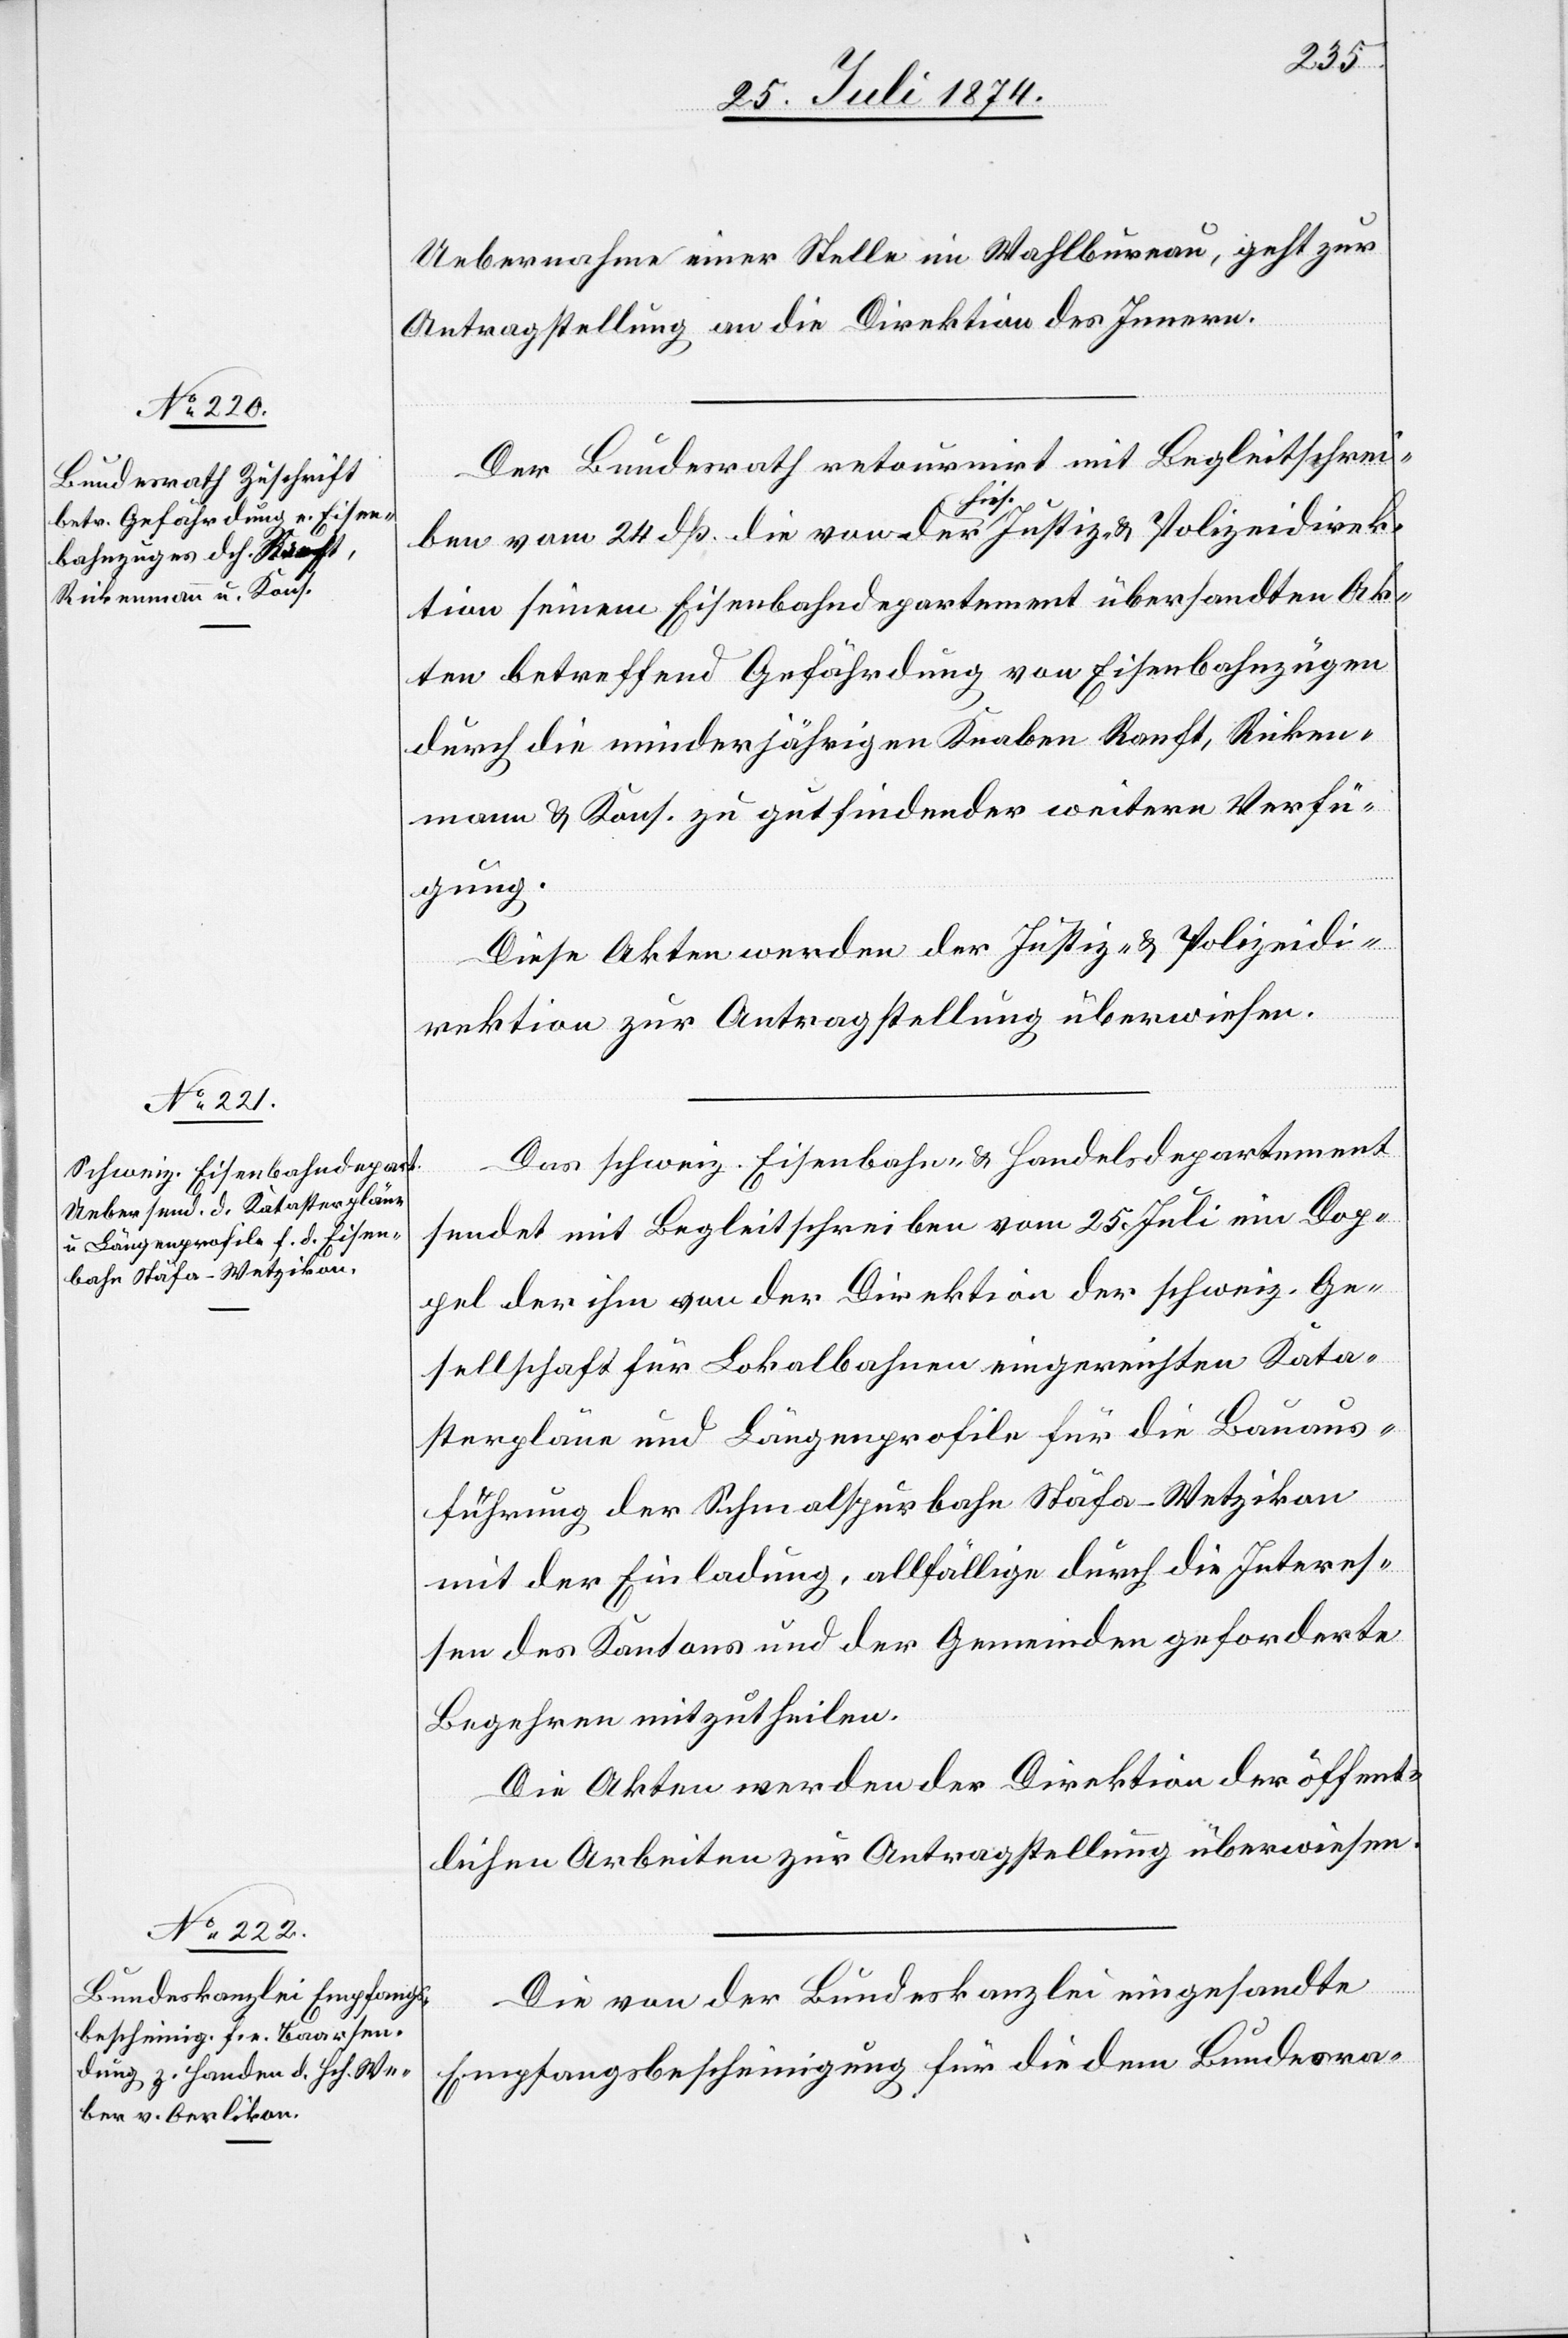
27. Juli 1874.]
Uebernahme einer Stelle im Wahlbureau, geht zur
Antragstellung an die Direktion des Innern.
Der Bundesrath retournirt mit Begleitschrei¬
ben vom 24. dß. die von der hies. Justiz- u. Polizeidirek¬
tion seinem Eisenbahndepartement übersandten Ak¬
ten betreffend Gefährdung von Eisenbahnzügen
durch die minderjährigen Knaben Ranft, Ricken¬
mann u. Kons. zu gutfindender weitern Verfü¬
gung.
Diese Akten werden der Justiz- u. Polizeidi¬
rektion zur Antragstellung überwiesen.
Das schweiz. Eisenbahn- u. Handelsdepartement
sendet mit Begleitschreiben vom 25. Juli ein Dop¬
pel der ihm von der Direktion der schweiz. Ge¬
sellschaft für Lokalbahnen eingereichten Kata¬
sterpläne und Längenprofile für die Bauaus¬
führung der Schmalspurbahn Stäfa–Wetzikon
mit der Einladung, allfällige durch die Interes¬
sen des Kantons und der Gemeinden geforderte
Begehren mitzutheilen.
Die Akten werden der Direktion der öffent¬
lichen Arbeiten zur Antragstellung überwiesen.
Die von der Bundeskanzlei eingesandte
Empfangsbescheinigung für die dem Bundesra-